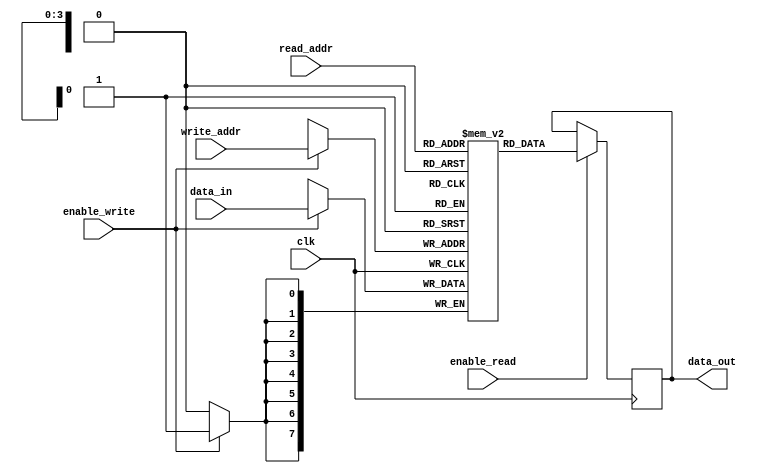
module RegisterFile (
  input wire clk,
  input wire enable_write,
  input wire enable_read,
  input wire [3:0] write_addr,
  input wire [3:0] read_addr,
  input wire [7:0] data_in,
  output reg [7:0] data_out
);

reg [7:0] registers [15:0];

always @(posedge clk) begin
  if (enable_write) begin
    registers[write_addr] <= data_in;
  end

  if (enable_read) begin
    data_out <= registers[read_addr];
  end
end

endmodule